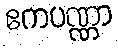
ဧကပဏ္ဏာ